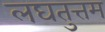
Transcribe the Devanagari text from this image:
लघतुत्तम